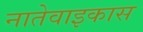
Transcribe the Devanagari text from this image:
नातेवाइकास